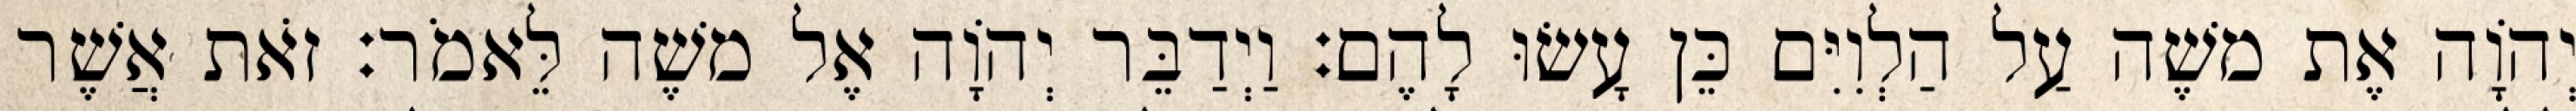
יְהוָֹה אֶת משֶׁה עַל הַלְוִיִּם כֵּן עָשׂוּ לָהֶם׃ וַיְדַבֵּר יְהוָֹה אֶל משֶׁה לֵּאמֹר׃ זֹאת אֲשֶׁר